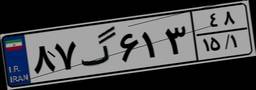
۸۷گ۶۱۳۴۸